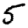
Digit: 5